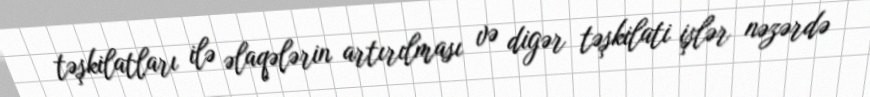
təşkilatları ilə əlaqələrin artırılması və digər təşkilati işlər nəzərdə